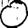
Digit: 0